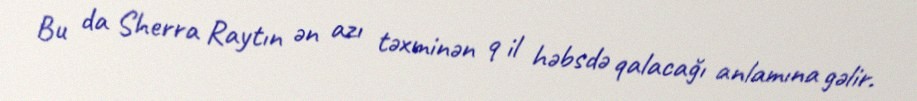
Bu da Sherra Raytın ən azı təxminən 9 il həbsdə qalacağı anlamına gəlir.